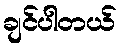
ချင်ပါတယ်